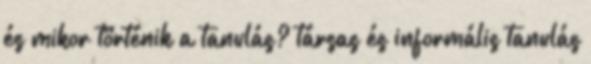
és mikor történik a tanulás? társas és informális tanulás